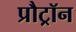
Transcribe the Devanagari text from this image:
प्रौट्रॉन